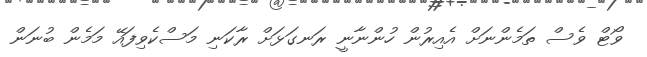
ވޯޓް ވެސް ތަމެންނަށް އެއިރުން ހުންނާނީ ރަނގަޅަށް ރާކަނި މަސްކެވިފައޭ މަމެން ބުނަން